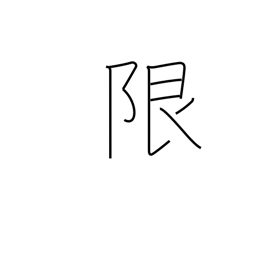
Meaning: limit